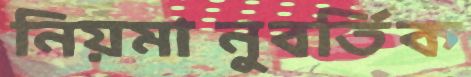
নিয়মানুবর্তিক